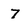
Character: 7